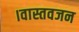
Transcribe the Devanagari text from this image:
।वास्तवजन